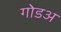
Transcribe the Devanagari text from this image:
गोडअ